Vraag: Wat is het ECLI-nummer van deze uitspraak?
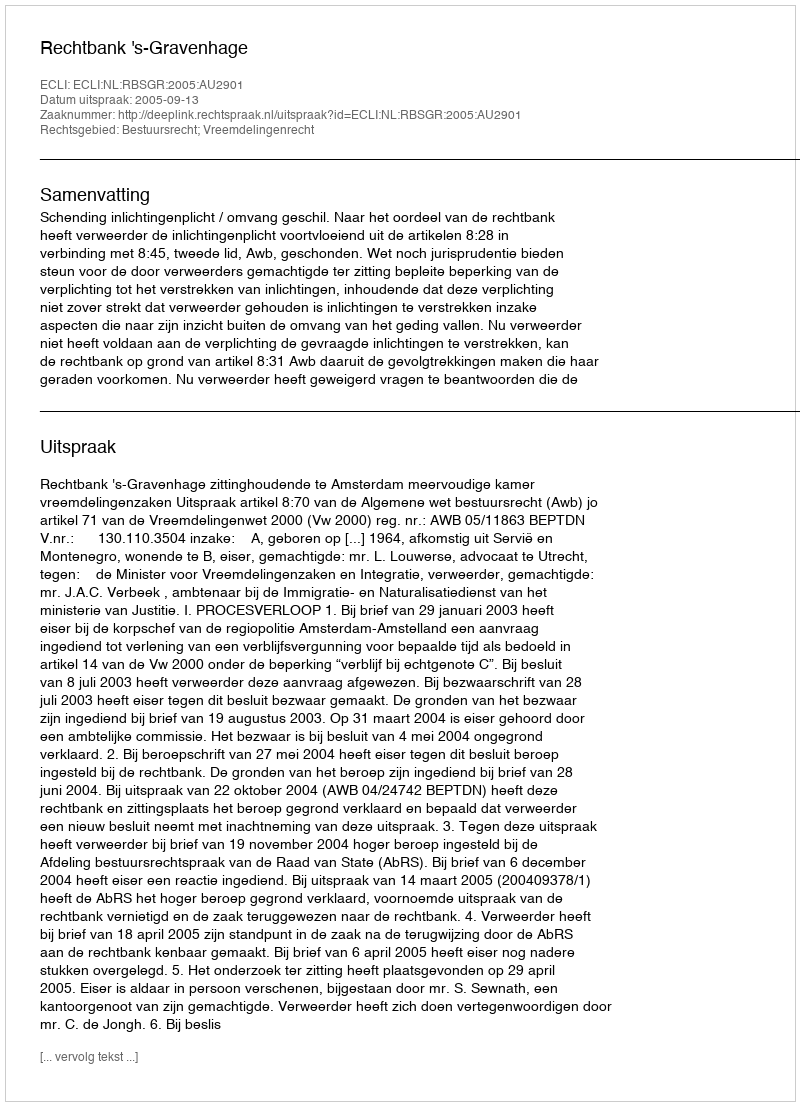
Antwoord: ECLI:NL:RBSGR:2005:AU2901